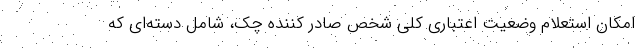
امکان استعلام وضعیت اعتباری کلی شخص صادر کننده چک، شامل دسته‌ای که